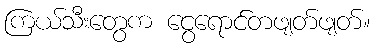
ကြယ်သီးတွေက ငွေရောင်တဖျတ်ဖျတ်။